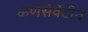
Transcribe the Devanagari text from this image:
कणसेर्वेटीव